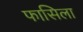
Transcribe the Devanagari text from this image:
फासिला